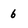
Character: 6